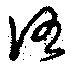
洛